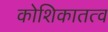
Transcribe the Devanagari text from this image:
कोशिकातत्व